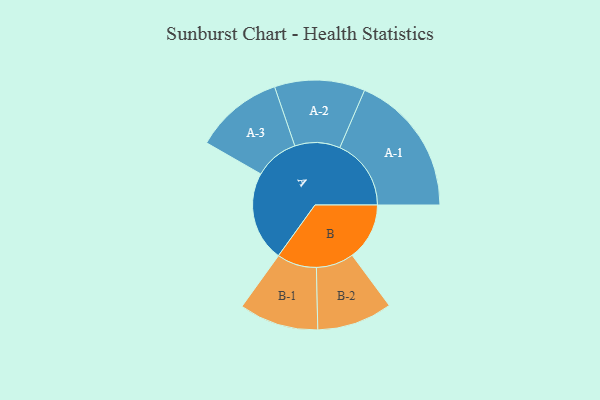
{"axis": {"x": "Segment", "y": "Value"}, "legend": ["", "A", "B"], "data": [{"x": "A", "y": 358, "type": ""}, {"x": "B", "y": 228, "type": ""}, {"x": "A-1", "y": 284, "type": "A"}, {"x": "A-2", "y": 180, "type": "A"}, {"x": "A-3", "y": 176, "type": "A"}, {"x": "B-1", "y": 158, "type": "B"}, {"x": "B-2", "y": 150, "type": "B"}]}